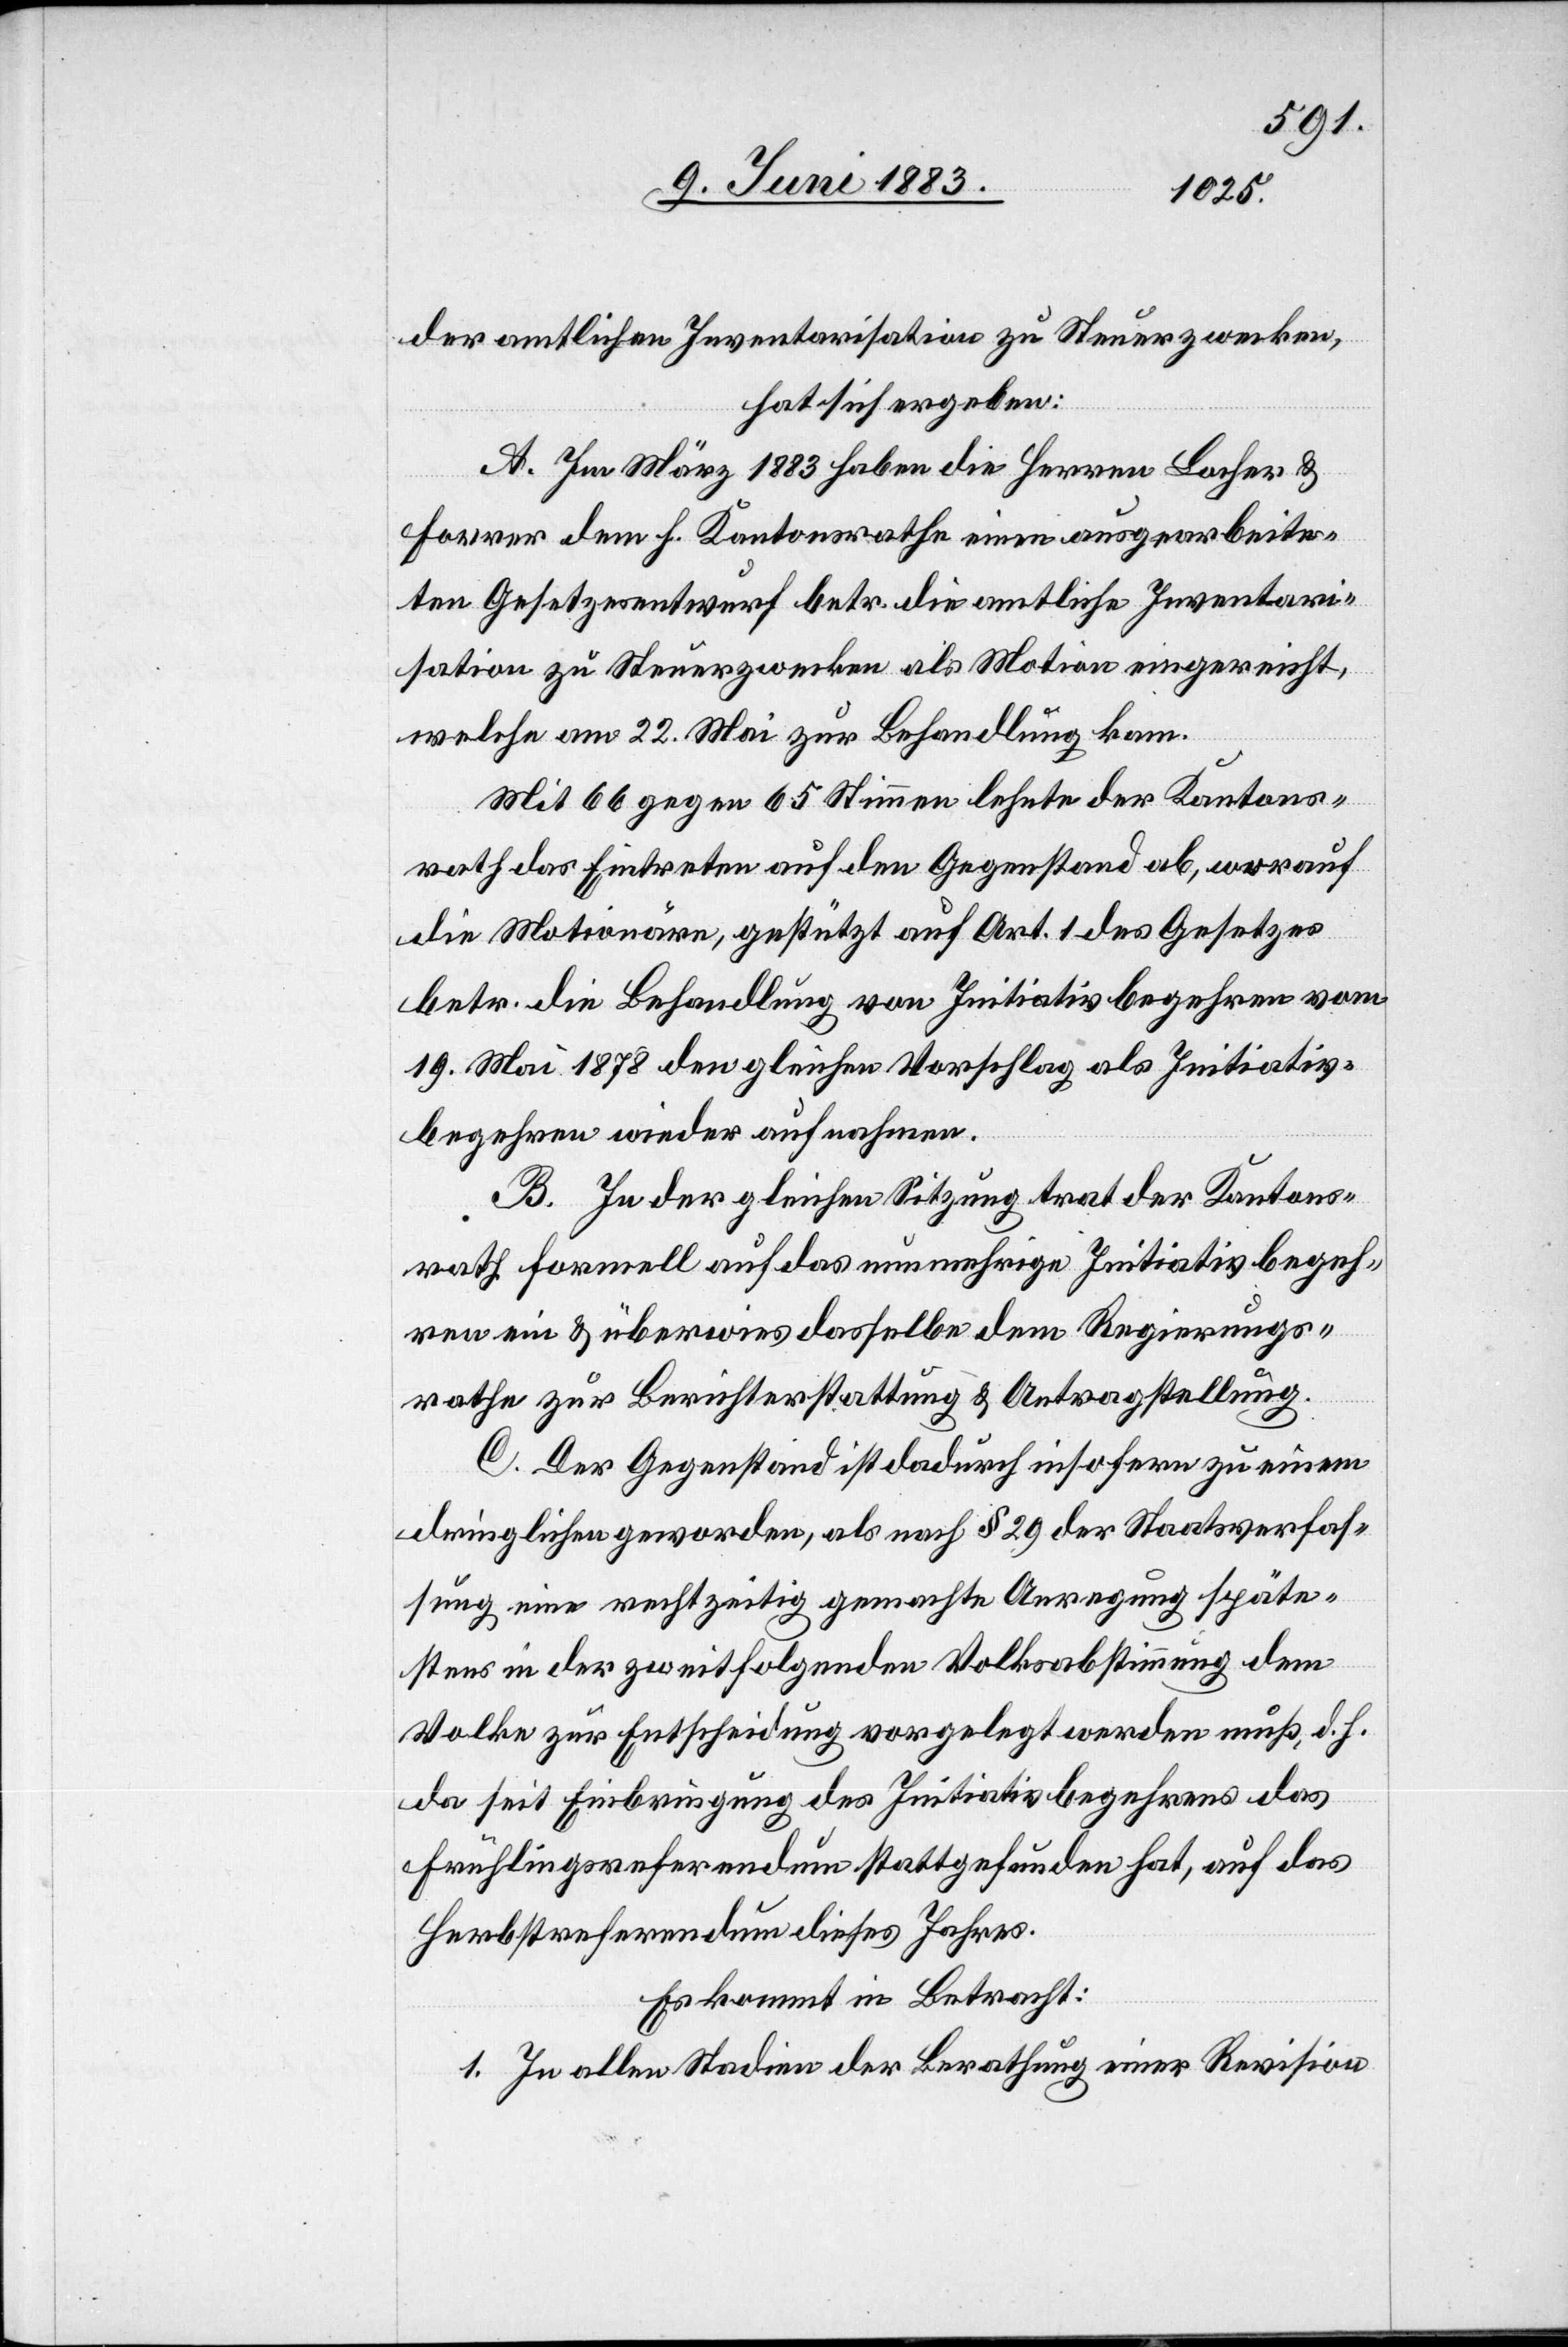
der amtlichen Inventarisation zu Steuerzwecken,
hat sich ergeben:
A. Im März 1883 haben die Herren Locher &
Forrer dem h. Kantonsrathe einen ausgearbeite¬
ten Gesetzesentwurf betr. die amtliche Inventari¬
sation zu Steuerzwecken als Motion eingereicht,
welche am 22. Mai zur Behandlung kam.
Mit 66 gegen 65 Stimmen lehnte der Kantons¬
rath das Eintreten auf den Gegenstand ab, worauf
die Motionäre, gestützt auf Art. 1 des Gesetzes
betr. die Behandlung von Initiativbegehren vom
19. Mai 1878 den gleichen Vorschlag als Initiativ¬
begehren wieder aufnahmen.
B. In der gleichen Sitzung trat der Kantons¬
rath formell auf das nunmehrige Initiativbegeh¬
ren ein & überwies dasselbe dem Regierungs¬
rathe zur Berichterstattung & Antragstellung.
C. Der Gegenstand ist dadurch insofern zu einem
dringlichen geworden, als nach § 29 der Staatsverfas¬
sung eine rechtzeitig gemachte Anregung späte¬
stens in der zweitfolgenden Volksabstimmung dem
Volke zur Entscheidung vorgelegt werden muß, d. h.
da seit Einbringung des Initiativebegehrens das
Frühlingsreferendum stattgefunden hat, auf das
Herbstreferendum dieses Jahres.
Es kommt in Betracht:
1. In allen Stadien der Berathung einer Revision